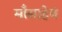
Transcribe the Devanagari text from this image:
माँसाहेबं